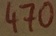
Text: 470